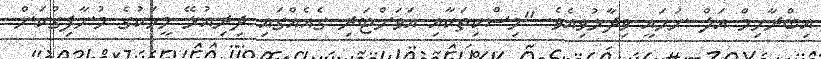
އިބްރާހިމް އަލް ނަޚައީ ވިދާޅުވިއެވެ. "މިސްކިތަކާއި އަވަށްޓަރި ގެއެއްގައި ދިރިއުޅޭ މީހަކުގެ މުނާފިގުކަން